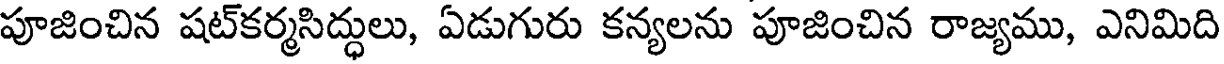
పూజించిన షట్కర్మసిద్ధులు, ఏడుగురు కన్యలను పూజించిన రాజ్యము, ఎనిమిది